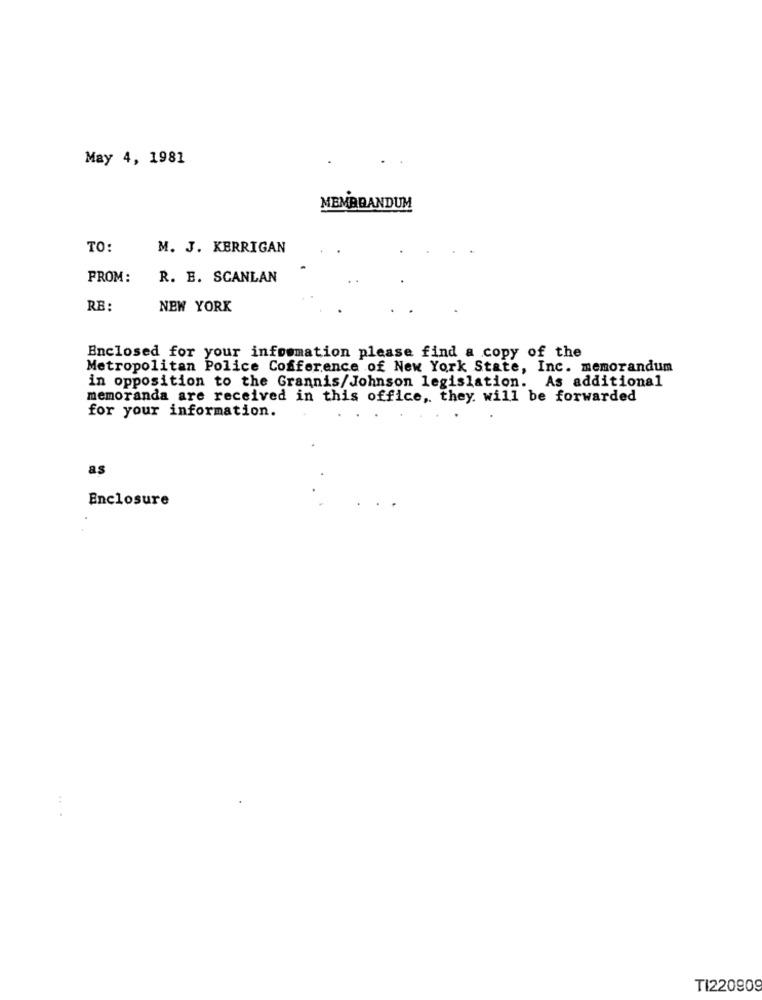
May 4, 1981
MEMBRANDUM
TO:
M. J. KERRIGAN
FROM :
R. E. SCANLAN
RB:
NEW YORK
Enclosed for your information please find a copy of the
Metropolitan Police Conference of New York State, Inc. memorandum
in opposition to the Grannis/Johnson legislation. As additional
memoranda are received in this office, they will be forwarded
for your information.
as
Enclosure
...
TI220909